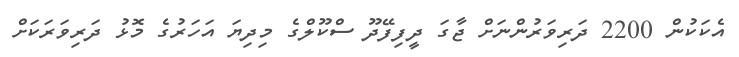
އެކަކުން 2200 ދަރިވަރުންނަށް ޖާގަ ދީފިފޭދޫ ސްކޫލްގެ މިދިޔަ އަހަރުގެ މޮޅު ދަރިވަރަކަށް